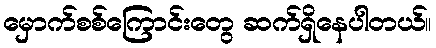
မှောက်စစ်ကြောင်းတွေ ဆက်ရှိနေပါတယ်။